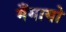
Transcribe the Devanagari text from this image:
मँगायो